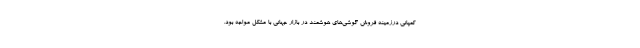
کمپانی درزمینه فروش گوشی‌های هوشمند در بازار جهانی با مشکل مواجه بود.